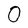
Character: 0